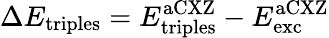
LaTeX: \Delta E_{\mathrm{triples}}=E_{\mathrm{triples}}^{\mathrm{aCXZ}}-E_{\mathrm{exc}}^{\mathrm{aCXZ}}